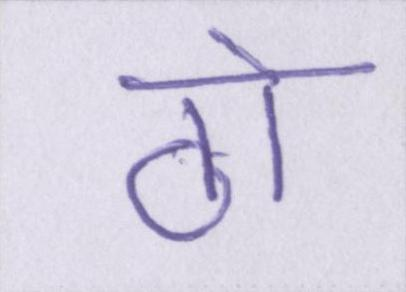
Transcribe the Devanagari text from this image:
ठो